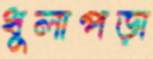
ধুলাপড়া